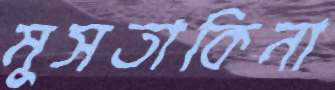
মুসতাকিনা